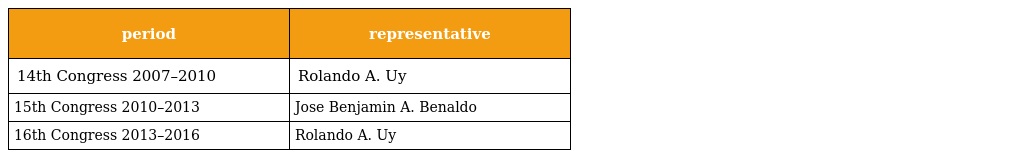
| period | representative |
 | --- | --- |
 | 14th Congress 2007–2010 | Rolando A. Uy |
 | 15th Congress 2010–2013 | Jose Benjamin A. Benaldo |
 | 16th Congress 2013–2016 | Rolando A. Uy |